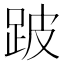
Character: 跛